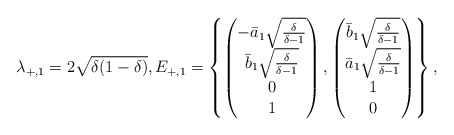
\begin{align*} \lambda_{+,1} = 2 \sqrt{\delta(1-\delta)}, E_{+,1} = \left\{ \begin{pmatrix}-\bar{a}_1 \sqrt{\frac{\delta}{\delta-1}} \\ \bar{b}_1 \sqrt{\frac{\delta}{\delta-1}} \\ 0 \\1\end{pmatrix},\begin{pmatrix}\bar{b}_1 \sqrt{\frac{\delta}{\delta-1}} \\ \bar{a}_1 \sqrt{\frac{\delta}{\delta-1}} \\ 1 \\0\end{pmatrix}\right\},\end{align*}